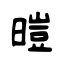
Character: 暟